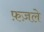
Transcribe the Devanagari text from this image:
फ़ज़ले